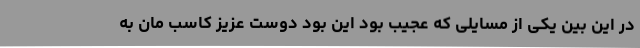
در این بین یکی از مسایلی که عجیب بود این بود دوست عزیز کاسب مان به